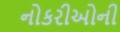
નોકરીઓની